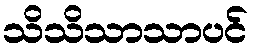
သိသိသာသာပင်